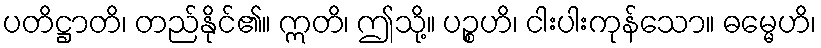
ပတိဋ္ဌာတိ၊ တည်နိုင်၏။ ဣတိ၊ ဤသို့။ ပဉ္စဟိ၊ ငါးပါးကုန်သော။ ဓမ္မေဟိ၊